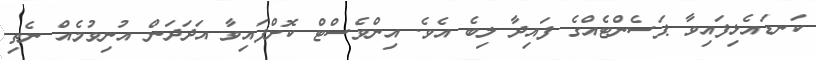
ކަނޑައެޅިފައިވާ ޕަސެންޓެއްގެ ފައިދާ ލިބެ އެވެ. އިންވެސްޓް ކޮށްފައިވާ އަދަދަން އުނިވުމެއް ނެތި